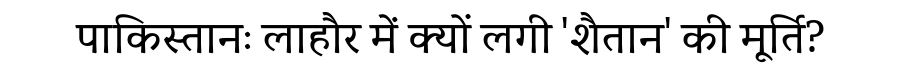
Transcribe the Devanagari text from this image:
पाकिस्तानः लाहौर में क्यों लगी 'शैतान' की मूर्ति?